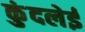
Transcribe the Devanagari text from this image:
कुंदलेई